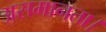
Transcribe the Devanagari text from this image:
असमानता।